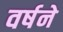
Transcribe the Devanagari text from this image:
वर्षने